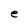
Character: e